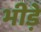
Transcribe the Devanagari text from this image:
भीड़े